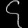
Digit: ၄